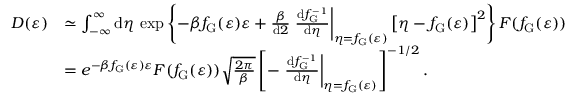
\begin{array} { r l } { D ( \varepsilon ) } & { \simeq \int _ { - \infty } ^ { \infty } \mathrm { d } \eta \, \exp \left\lbrace - \beta f _ { \mathrm { G } } ( \varepsilon ) \varepsilon + \frac { \beta } { \mathrm { d } 2 } \left. \frac { \mathrm { d } f _ { \mathrm { G } } ^ { - 1 } } { \mathrm { d } \eta } \right| _ { \eta = f _ { \mathrm { G } } ( \varepsilon ) } \left[ \eta - f _ { \mathrm { G } } ( \varepsilon ) \right] ^ { 2 } \right\rbrace F ( f _ { \mathrm { G } } ( \varepsilon ) ) } \\ & { = e ^ { - \beta f _ { \mathrm { G } } ( \varepsilon ) \varepsilon } F ( f _ { \mathrm { G } } ( \varepsilon ) ) \sqrt { \frac { 2 \pi } { \beta } } \left[ - \left. \frac { \mathrm { d } f _ { \mathrm { G } } ^ { - 1 } } { \mathrm { d } \eta } \right| _ { \eta = f _ { \mathrm { G } } ( \varepsilon ) } \right] ^ { - 1 / 2 } . } \end{array}